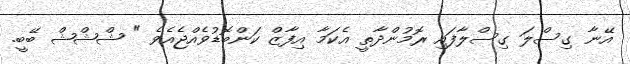
އޭނާ ގިސްލަ ގިސްލާފައި ރޮމުންދާތީ އެކަމާ އިފާޒް ކަންބޮޑުވެއްޖެއެވެ " ޝްޝްޝް ބޭބީ.